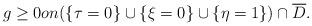
LaTeX: \begin{align*}g \geq0on(\{\tau=0\}\cup\{\xi=0\}\cup\{\eta=1\})\cap\overline{D}.\end{align*}